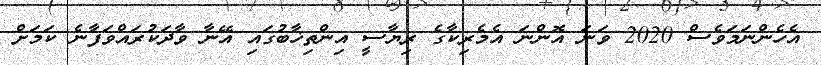
އެހެންނަމަވެސް 2020 ވަނަ އޮންނަ އެމެރިކާގެ ރިޔާސީ އިންތިޚާބުގައި އޭނާ ވާދަކުރައްވަފާނެ ކަމަށް